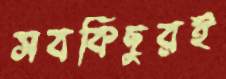
সবকিছুরই